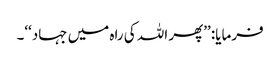
فرمایا: ’’پھر اللہ کی راہ میں جہاد‘‘۔